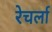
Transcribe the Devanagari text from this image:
रेचर्ला